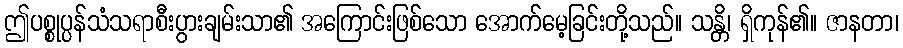
ဤပစ္စုပ္ပန်သံသရာစီးပွားချမ်းသာ၏ အကြောင်းဖြစ်သော အောက်မေ့ခြင်းတို့သည်။ သန္တိ၊ ရှိကုန်၏။ ဇာနတာ၊